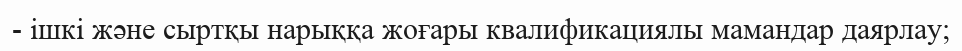
- ішкі және сыртқы нарыққа жоғары квалификациялы мамандар даярлау;